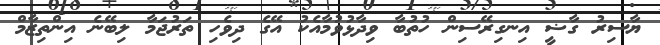
ޔާސިރު ގާޟީ އިނގިރޭސިން ހުތުބާ ވިދާޅުވުމާއެކު އޭގެ ދިވެހި ތަރުޖަމާ ލިބޭނެ އިންތިޒާމް